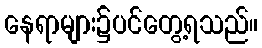
နေရာများ၌ပင်တွေ့ရသည်။